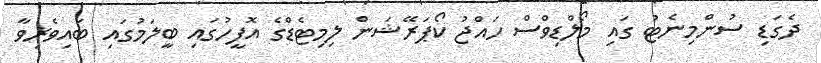
ދެގަޑި ސުންމިނެޓު ގައި މޯލްޑިވްސް ހައްޖު ކޯޕަރޭޝަން ލިމިޓެޑްގެ އޮފީހުގައި ބީލަމުގައި ބައިވެރިވާ